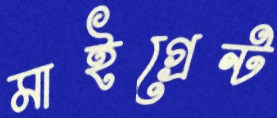
মাইগ্রেন্ট